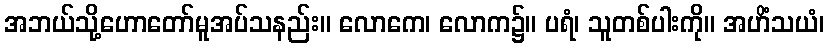
အဘယ်သို့ဟောတော်မူအပ်သနည်း။ လောကေ၊ လောက၌။ ပရံ၊ သူတစ်ပါးကို။ အဟိံသယံ၊